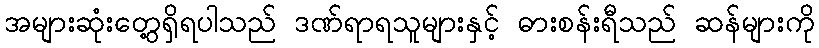
အများဆုံးတွေ့ရှိရပါသည် ဒဏ်ရာရသူများနှင့် ဓားစန်းရီသည် ဆန်များကို